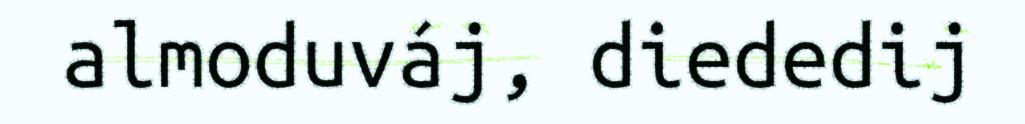
almoduváj, diededij